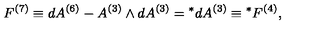
F ^ { ( 7 ) } \equiv d A ^ { ( 6 ) } - A ^ { ( 3 ) } \wedge d A ^ { ( 3 ) } = { } ^ { * } d A ^ { ( 3 ) } \equiv { } ^ { * } F ^ { ( 4 ) } ,